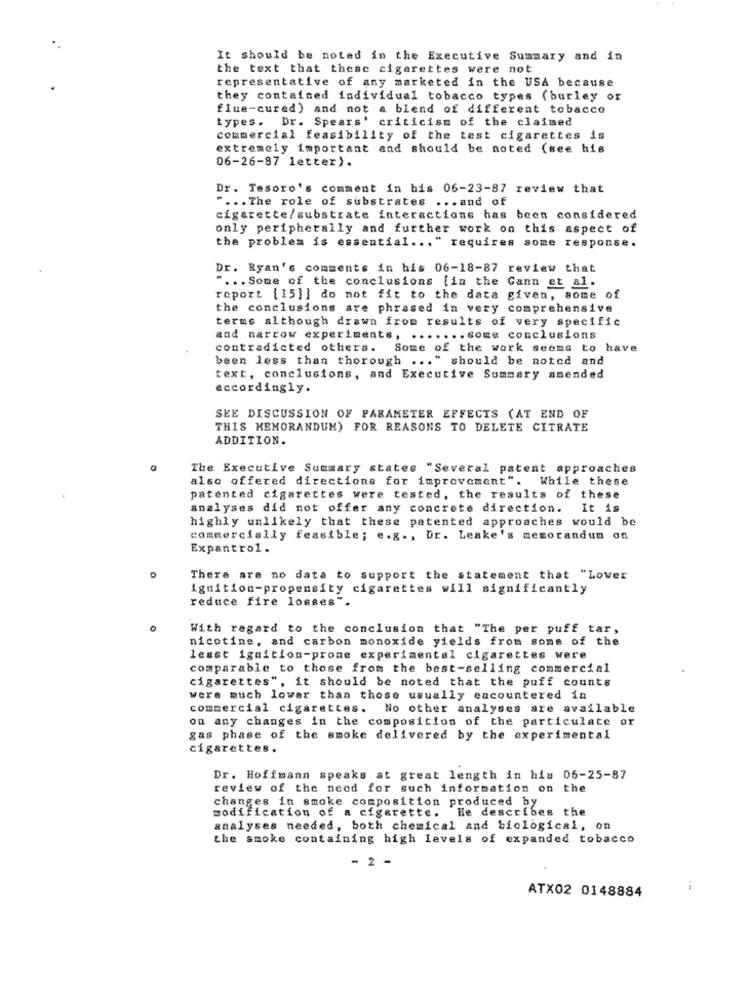
It should be noted in the Executive Summary and in
the text that these cigarettes were not
representative of any marketed in the USA because
they contained individual tobacco types (burley or
flue-cured) and not a blend of different tobacco
types. Dr. Spears' criticism of the claimed
commercial feasibility of the test cigarettes is
extremely important and should be noted (see his
06-26-87 letter).
Dr. Tesoro's comment in his 06-23-87 review that
" ... The role of substrates ... and of
cigarette/substrate interactions has been considered
only peripherally and further work on this aspect of
the problem is essential ... " requires some response.
Dr. Ryan's comments in his 06-18-87 review that
" ... Some of the conclusions [in the Gann et al.
report [15]] do not fit to the data given, some of
the conclusions are phrased in very comprehensive
terms although drawn from results of very specific
and narrow experiments, ....... come conclusions
contradicted others. Some of the work seems to have
been less than thorough ... " should be noted and
text, conclusions, and Executive Summary amended
accordingly.
SEE DISCUSSION OF PARAMETER EFFECTS (AT END OF
THIS MEMORANDUM) FOR REASONS TO DELETE CITRATE
ADDITION.
0
The Executive Summary states "Several patent approaches
also offered directions for improvement". While these
patented cigarettes were tested, the results of these
analyses did not offer any concrete direction.
It is
highly unlikely that these patented approaches would be
commercially feasible; e.g ., Dr. Leake's memorandum on
Expantrol .
There are no data to support the statement that "Lower
ignition-propensity cigarettes will significantly
reduce fire losses".
With regard to the conclusion that "The per puff tar,
nicotine, and carbon monoxide yields from some of the
least ignition-prone experimental cigarettes were
comparable to those from the best-selling commercial
cigarettes", it should be noted that the puff counts
were much lower than those usually encountered in
commercial cigarettes.
No other analyses are available
on any changes in the composition of the particulate or
gas phase of the smoke delivered by the experimental
cigarettes.
Dr. Hoffmann speaks at great length in his 06-25-87
review of the need for such information on the
changes in smoke composition produced by
modification of a cigarette. He describes the
analyses needed, both chemical and biological, on
the smoke containing high levels of expanded tobacco
2 -
ATX02 0148884